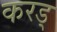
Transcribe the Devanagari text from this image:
करड्